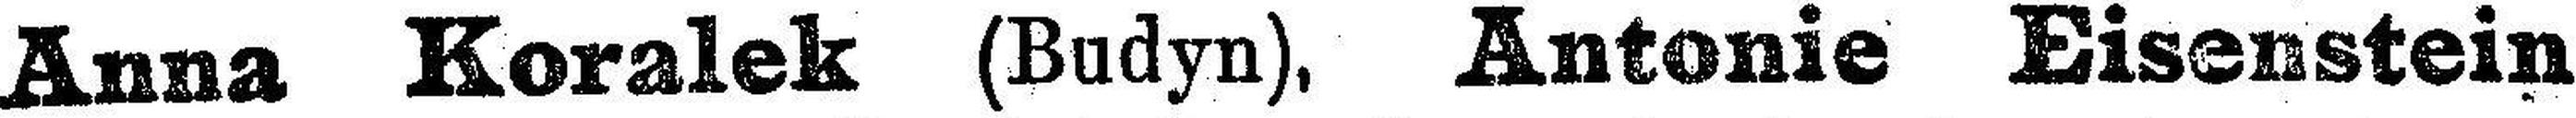
Anna Koralek (Budyn), Antonie Eisenstein